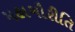
મહાગૌરીતિ